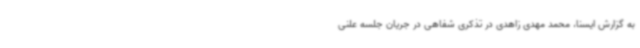
به گزارش ایسنا، محمد مهدی زاهدی در تذکری شفاهی در جریان جلسه علنی